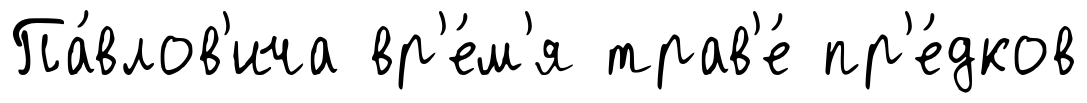
Па́влов'ича вр'е́м'я трав'е́ пр'е́дков